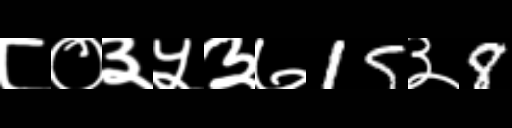
Text: ८०३५३७15३8